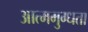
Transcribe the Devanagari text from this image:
आत्ममुग्धता